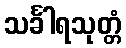
သင်္ခါရသုတ္တံ